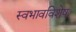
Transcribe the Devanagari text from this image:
स्वभावविशेष